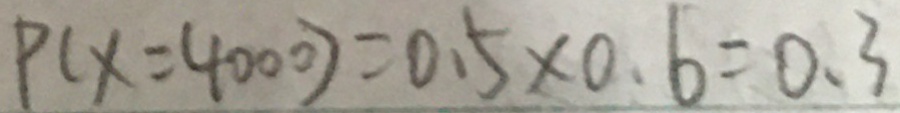
P ( x = 4 0 0 0 ) = 0 . 5 \times 0 . 6 = 0 . 3